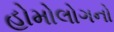
હોમોલોગનો